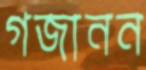
গজানন